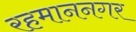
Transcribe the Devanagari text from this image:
रहमाननगर